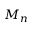
M _ { n }